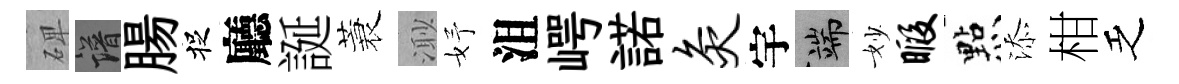
𥓓譜腸捉廳誕蓑𣺌妤沮崿諾灸宇端妙暇㸃添柑乏